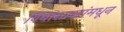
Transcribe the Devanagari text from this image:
विद्याशाखांमधून